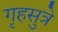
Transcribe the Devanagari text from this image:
गृहसुत्रे